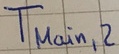
Text: TMain,2